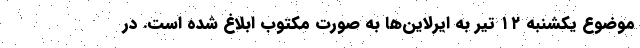
موضوع یکشنبه ۱۲ تیر به ایرلاین‌ها به صورت مکتوب ابلاغ شده است. در